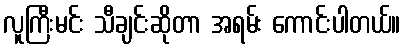
လူကြီးမင်း သီချင်းဆိုတာ အရမ်း ကောင်းပါတယ်။